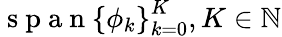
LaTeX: \mathrm{~s~p~a~n~}\left\lbrace\phi_{k}\right\rbrace_{k=0}^{K},K\in\mathbb{N}